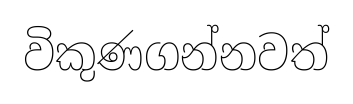
විකුණගන්නවත්